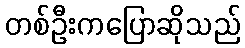
တစ်ဦးကပြောဆိုသည်